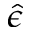
\hat { \epsilon }